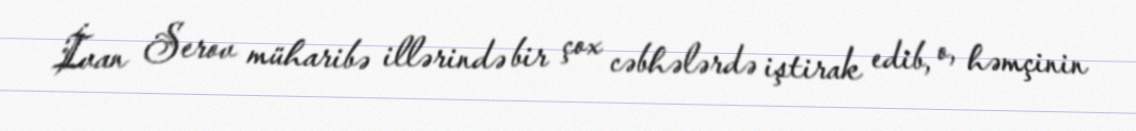
İvan Serov müharibə illərində bir çox cəbhələrdə iştirak edib, o, həmçinin